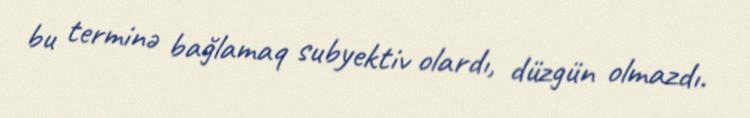
bu terminə bağlamaq subyektiv olardı, düzgün olmazdı.